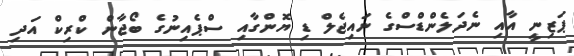
ޕަޒިނީ އާއި ނެދަލެންޑްސްގެ ނައިޖެލް ޑި ޔޮންގާއި ސްޕެއިނުގެ ބޯޖާން ކްރިކް އަދި